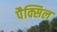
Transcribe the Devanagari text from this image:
पैक्सिल